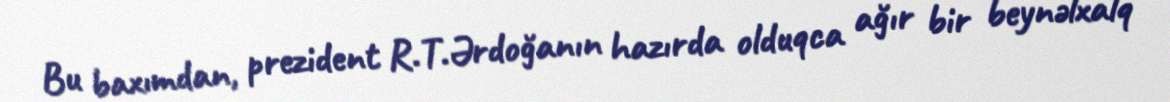
Bu baxımdan, prezident R.T.Ərdoğanın hazırda olduqca ağır bir beynəlxalq